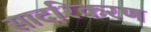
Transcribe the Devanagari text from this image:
सादरिकरण